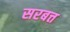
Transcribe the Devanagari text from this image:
सरबत्त